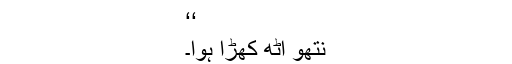
‘‘
نتھو اُٹھ کھڑا ہوا۔